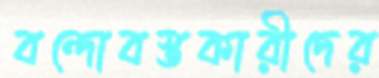
বন্দোবস্তকারীদের